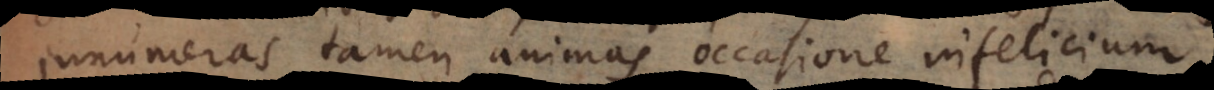
numeras tamen animas occasione infelicium